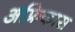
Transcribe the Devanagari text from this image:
अफ्रिकास